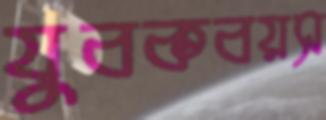
যুবকবয়স